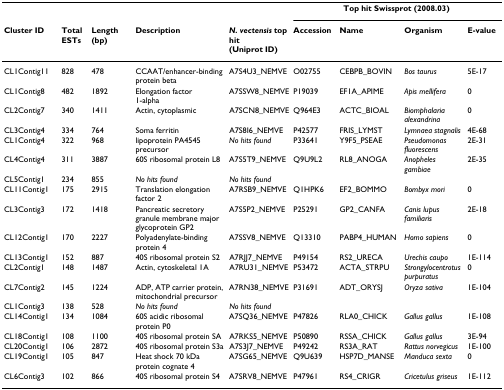
<table><thead><tr><td></td><td></td><td></td><td></td><td></td><td colspan="4"><b>Top hit Swissprot (2008.03)</b></td></tr><tr><td><b>Cluster ID</b></td><td><b>Total ESTs</b></td><td><b>Length (bp)</b></td><td><b>Description</b></td><td><b><i>N. vectensis </i>top hit(Uniprot ID)</b></td><td><b>Accession</b></td><td><b>Name</b></td><td><b>Organism</b></td><td><b>E-value</b></td></tr></thead><tbody><tr><td>CL1Contig11</td><td>828</td><td>478</td><td>CCAAT/enhancer-binding protein beta</td><td>A7S4U3_NEMVE</td><td>O02755</td><td>CEBPB_BOVIN</td><td><i>Bos taurus</i></td><td>5E-17</td></tr><tr><td>CL1Contig8</td><td>482</td><td>1892</td><td>Elongation factor 1-alpha</td><td>A7SSW8_NEMVE</td><td>P19039</td><td>EF1A_APIME</td><td><i>Apis mellifera</i></td><td>0</td></tr><tr><td>CL2Contig7</td><td>340</td><td>1411</td><td>Actin, cytoplasmic</td><td>A7SCN8_NEMVE</td><td>Q964E3</td><td>ACTC_BIOAL</td><td><i>Biomphalaria alexandrina</i></td><td>0</td></tr><tr><td>CL3Contig4</td><td>334</td><td>764</td><td>Soma ferritin</td><td>A7S8I6_NEMVE</td><td>P42577</td><td>FRIS_LYMST</td><td><i>Lymnaea stagnalis</i></td><td>4E-68</td></tr><tr><td>CL1Contig4</td><td>322</td><td>968</td><td>lipoprotein PA4545 precursor</td><td><i>No hits found</i></td><td>P33641</td><td>Y9F5_PSEAE</td><td><i>Pseudomonas fluorescens</i></td><td>2E-31</td></tr><tr><td>CL4Contig4</td><td>311</td><td>3887</td><td>60S ribosomal protein L8</td><td>A7S5T9_NEMVE</td><td>Q9U9L2</td><td>RL8_ANOGA</td><td><i>Anopheles gambiae</i></td><td>2E-35</td></tr><tr><td>CL5Contig1</td><td>234</td><td>855</td><td><i>No hits found</i></td><td><i>No hits found</i></td><td></td><td></td><td></td><td></td></tr><tr><td>CL11Contig1</td><td>175</td><td>2915</td><td>Translation elongation factor 2</td><td>A7RSB9_NEMVE</td><td>Q1HPK6</td><td>EF2_BOMMO</td><td><i>Bombyx mori</i></td><td>0</td></tr><tr><td>CL3Contig3</td><td>172</td><td>1418</td><td>Pancreatic secretory granule membrane major glycoprotein GP2</td><td>A7S5P2_NEMVE</td><td>P25291</td><td>GP2_CANFA</td><td><i>Canis lupus familiaris</i></td><td>2E-18</td></tr><tr><td>CL12Contig1</td><td>170</td><td>2227</td><td>Polyadenylate-binding protein 4</td><td>A7SSV8_NEMVE</td><td>Q13310</td><td>PABP4_HUMAN</td><td><i>Homo sapiens</i></td><td>0</td></tr><tr><td>CL13Contig1</td><td>152</td><td>887</td><td>40S ribosomal protein S2</td><td>A7RJJ7_NEMVE</td><td>P49154</td><td>RS2_URECA</td><td><i>Urechis caupo</i></td><td>1E-114</td></tr><tr><td>CL2Contig1</td><td>148</td><td>1487</td><td>Actin, cytoskeletal 1A</td><td>A7RU31_NEMVE</td><td>P53472</td><td>ACTA_STRPU</td><td><i>Strongylocentrotus purpuratus</i></td><td>0</td></tr><tr><td>CL7Contig2</td><td>145</td><td>1224</td><td>ADP, ATP carrier protein, mitochondrial precursor</td><td>A7RN38_NEMVE</td><td>P31691</td><td>ADT_ORYSJ</td><td><i>Oryza sativa</i></td><td>1E-104</td></tr><tr><td>CL1Contig3</td><td>138</td><td>528</td><td><i>No hits found</i></td><td><i>No hits found</i></td><td></td><td></td><td></td><td></td></tr><tr><td>CL14Contig1</td><td>134</td><td>1084</td><td>60S acidic ribosomal protein P0</td><td>A7SQ36_NEMVE</td><td>P47826</td><td>RLA0_CHICK</td><td><i>Gallus gallus</i></td><td>1E-108</td></tr><tr><td>CL18Contig1</td><td>108</td><td>1100</td><td>40S ribosomal protein SA</td><td>A7RKS5_NEMVE</td><td>P50890</td><td>RSSA_CHICK</td><td><i>Gallus gallus</i></td><td>3E-94</td></tr><tr><td>CL20Contig1</td><td>106</td><td>2872</td><td>40S ribosomal protein S3a</td><td>A7S3J7_NEMVE</td><td>P49242</td><td>RS3A_RAT</td><td><i>Rattus norvegicus</i></td><td>1E-100</td></tr><tr><td>CL19Contig1</td><td>105</td><td>847</td><td>Heat shock 70 kDa protein cognate 4</td><td>A7SG65_NEMVE</td><td>Q9U639</td><td>HSP7D_MANSE</td><td><i>Manduca sexta</i></td><td>0</td></tr><tr><td>CL6Contig3</td><td>102</td><td>866</td><td>40S ribosomal protein S4</td><td>A7SRV8_NEMVE</td><td>P47961</td><td>RS4_CRIGR</td><td><i>Cricetulus griseus</i></td><td>1E-112</td></tr></tbody></table>